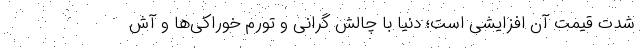
شدت قیمت آن افزایشی است؛ دنیا با چالش گرانی و تورم خوراکی‌ها و آش